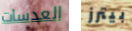
العدسات بيترز